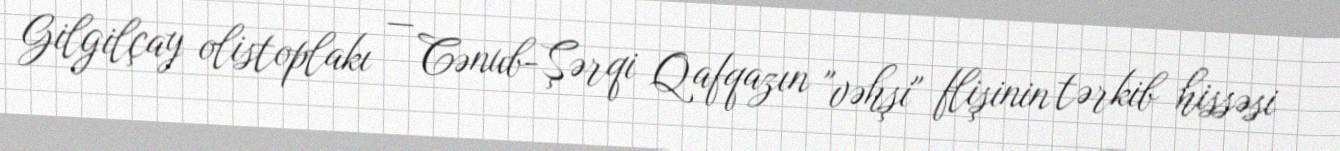
Gilgilçay olistoplakı — Cənub-Şərqi Qafqazın "vəhşi" flişinin tərkib hissəsi